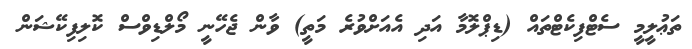
ތަޢުލީމީ ސެޓްފިކެޓްތައް (ޑިޕްލޮމާ އަދި އެއަށްވުރެ މަތީ) ވާން ޖެހޭނީ މޯލްޑިވްސް ކޮލިފިކޭޝަން